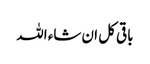
باقی کل ان شاء اللہ